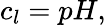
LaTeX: c_{l}=pH,